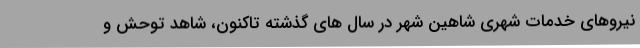
نیروهای خدمات شهری شاهین شهر در سال های گذشته تاکنون، شاهد توحش و